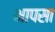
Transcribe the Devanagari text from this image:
भापसा